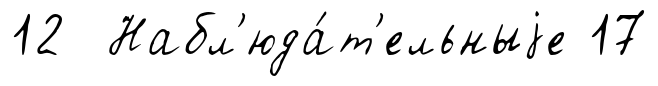
12 Набл'юда́т'ельныjе 17